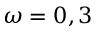
\omega = 0 , 3